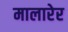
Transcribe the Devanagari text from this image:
मालारेर